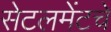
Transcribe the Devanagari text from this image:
सेटलमेंटचे